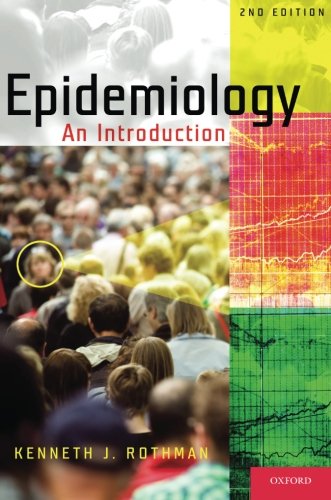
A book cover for Epidemiology: An Introduction; Kenneth J. Rothman; Medical Books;